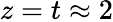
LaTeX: z=t\approx 2